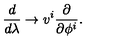
\frac { d } { d \lambda } \rightarrow v ^ { i } \frac { \partial } { \partial \phi ^ { i } } .